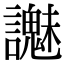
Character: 𧭵